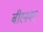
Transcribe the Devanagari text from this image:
बीरनगर